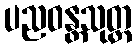
ပညဝန္တသုတ္တ